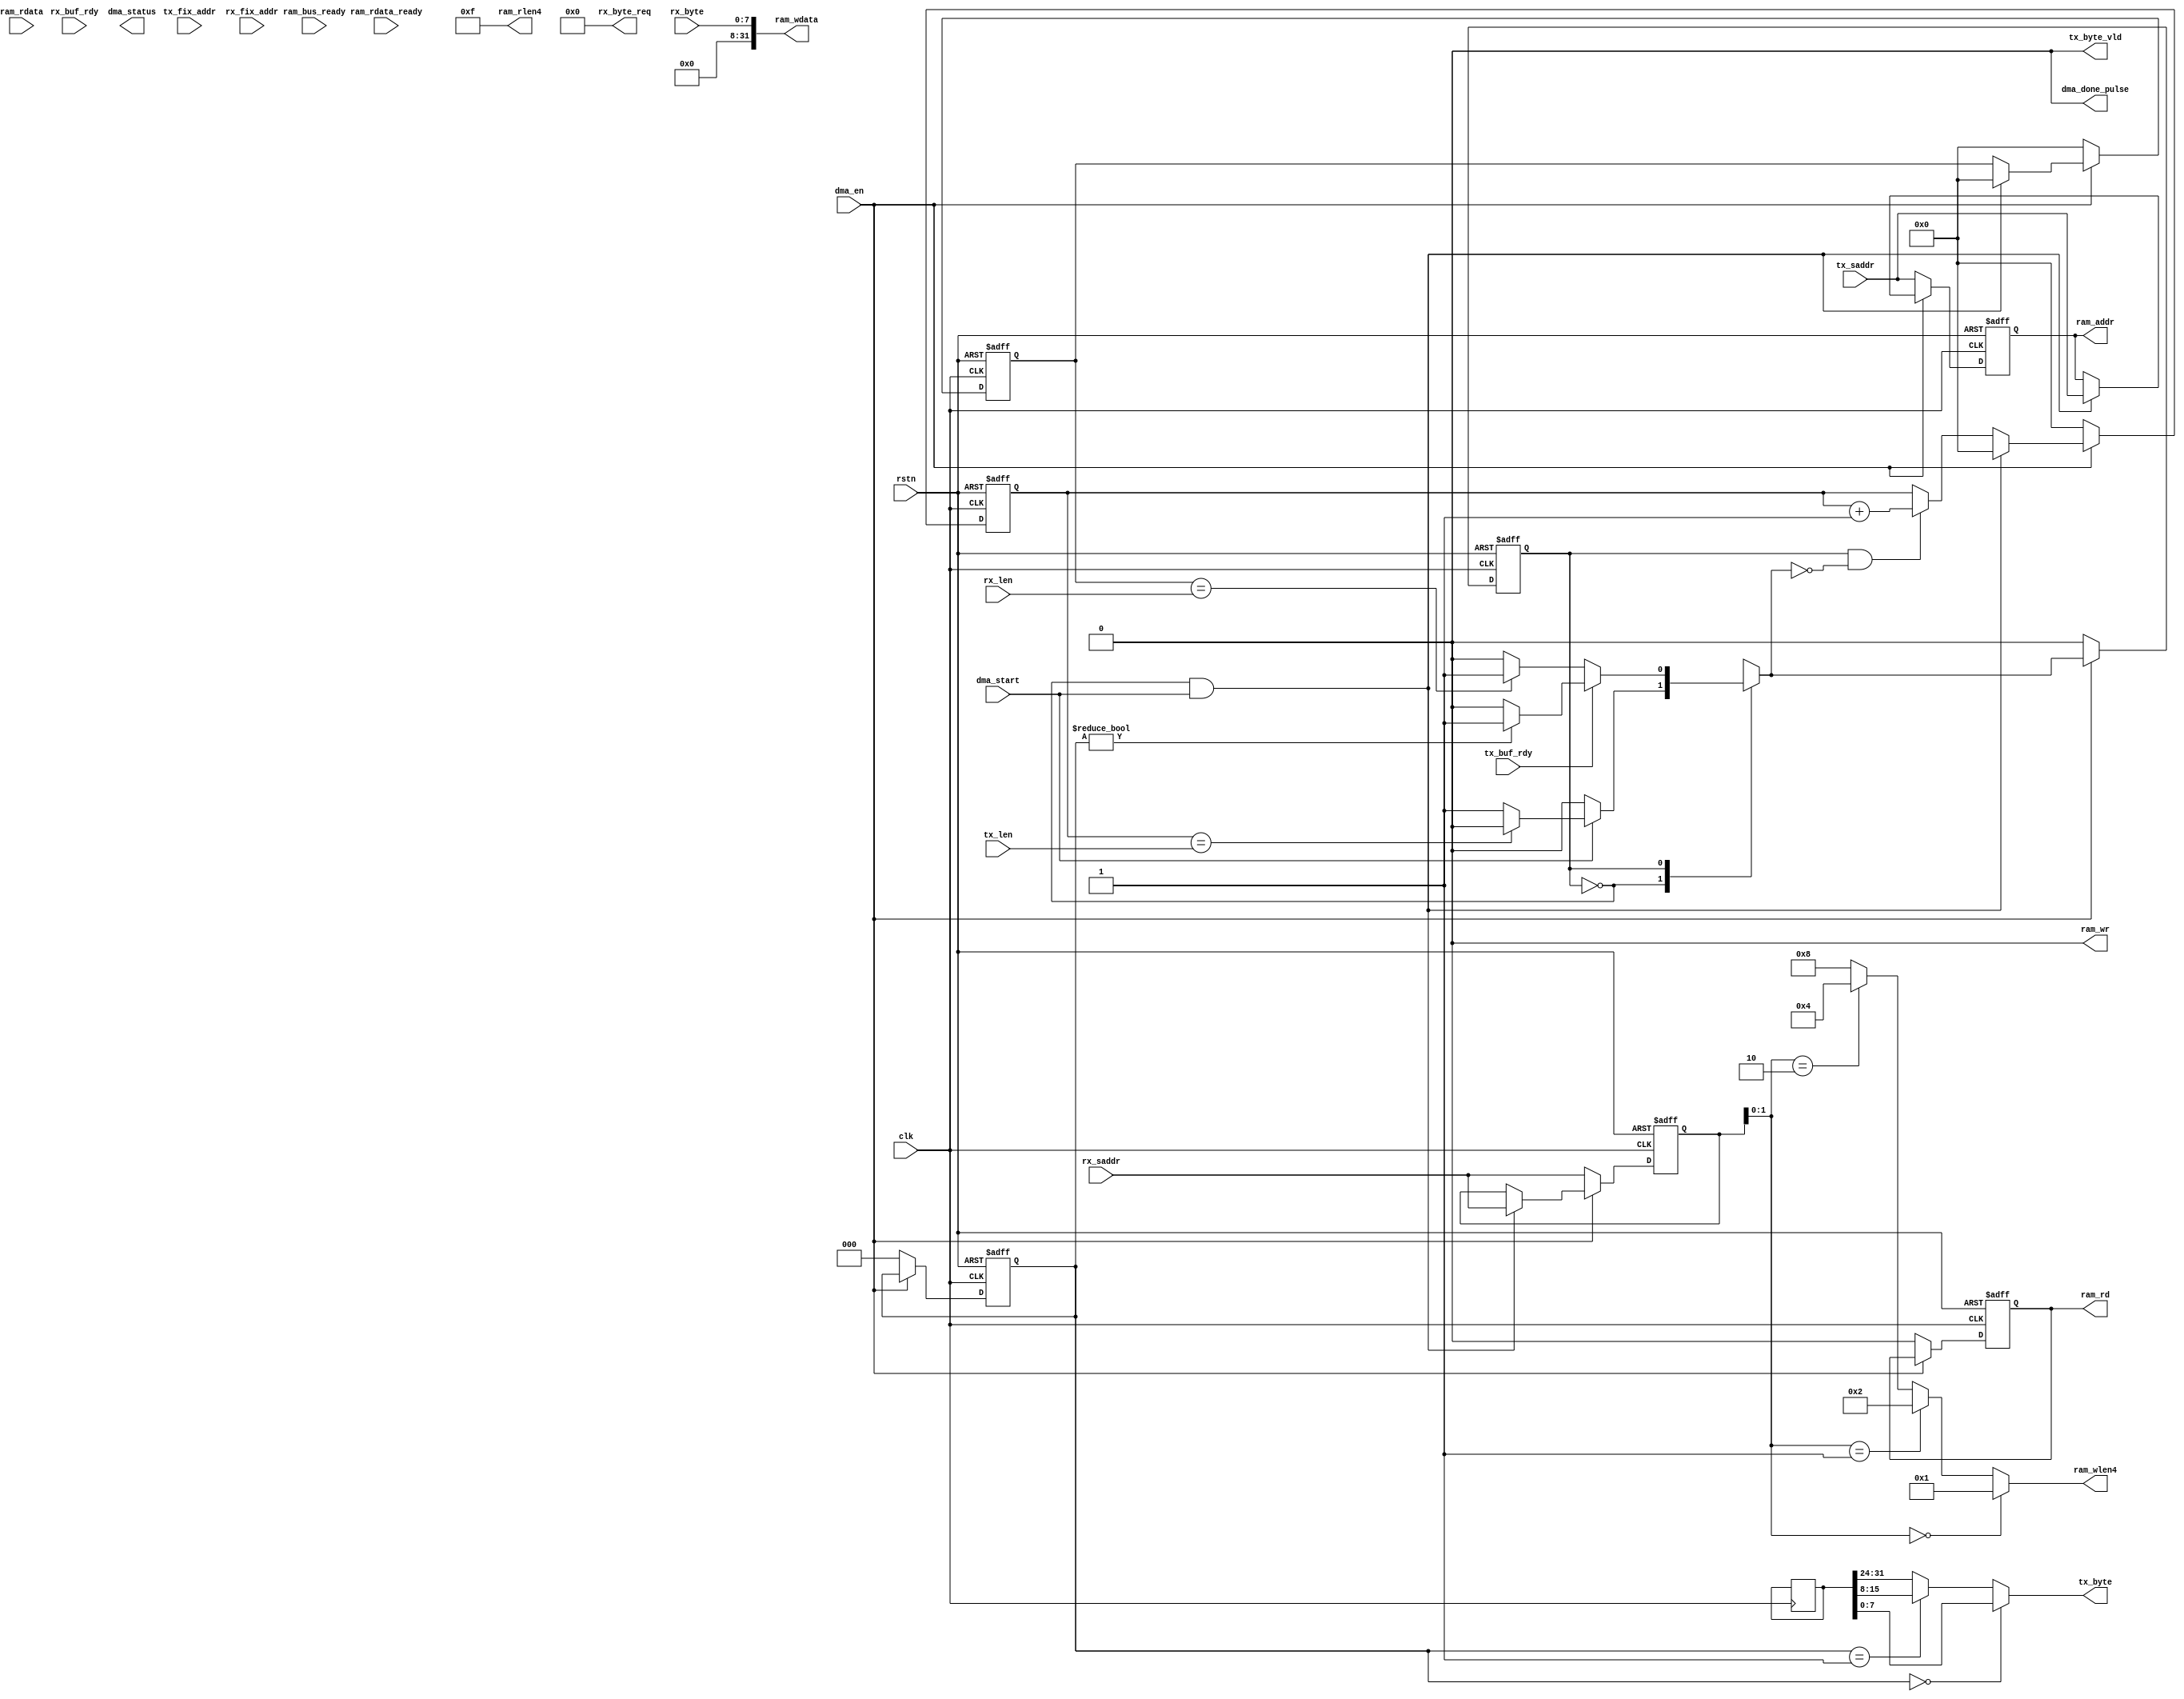
module spi_dma (
    // sys
    input                           rstn,
    input                           clk,
    // buf
    input                           tx_buf_rdy,
    output                          tx_byte_vld,
    output      [7:0]               tx_byte,
    input                           rx_buf_rdy,
    output      [7:0]               rx_byte_req,
    input       [7:0]               rx_byte,
    // reg
    input                           dma_en,
    input                           dma_start,
    input                           tx_fix_addr,
    input                           rx_fix_addr,
    input       [19:0]              tx_saddr,
    input       [19:0]              rx_saddr,
    input       [19:0]              tx_len,
    input       [19:0]              rx_len,
    // ram
    output reg                      ram_rd,
    output                          ram_wr,
    output      [3:0]               ram_rlen4,
    output      [3:0]               ram_wlen4,
    output      [19:0]              ram_addr,
    output      [31:0]              ram_wdata,
    input       [31:0]              ram_rdata,
    input                           ram_bus_ready,
    input                           ram_rdata_ready,
    // status
    output                          dma_done_pulse,
    output      [7:0]               dma_status
);

// macro
localparam IDLE                     = 3'd0;
localparam POLL_TX_BUF              = 3'd1;
localparam READ_MEM                 = 3'd2;
localparam FILL_TX_BUF              = 3'd3;
localparam POLL_RX_BUF              = 3'd4;
localparam WRITE_MEM                = 3'd5;
// var
reg [19:0] tx_cnt, rx_cnt, ram_waddr, ram_raddr; wire tx_end, rx_end;
reg [31:0] rdata_buf; reg [2:0] rdata_cnt; wire rdata_vld;

//---------------------------------------------------------------------------
// Assignment
//---------------------------------------------------------------------------
// end
assign tx_end               = tx_cnt == tx_len;
assign rx_end               = rx_cnt == rx_len;
assign rdata_vld            = rdata_cnt != 0;


//---------------------------------------------------------------------------
// Sync
//---------------------------------------------------------------------------
// ram_raddr
always @(posedge clk or negedge rstn)
    if (~rstn)
        ram_raddr <= 0;
    else if (~dma_en)
        ram_raddr <= tx_saddr;
    else if (st_curr == IDLE && dma_start)
        ram_raddr <= tx_saddr;
    else if (st_curr == READ_MEM && ram_rdata_ready)
        ram_raddr <= tx_fix_addr ? ram_raddr : ram_raddr + 4;
// tx_cnt
always @(posedge clk or negedge rstn)
    if (~rstn)
        tx_cnt <= 0;
    else if (~dma_en)
        tx_cnt <= 0;
    else if (st_curr == IDLE && dma_start)
        tx_cnt <= 0;
    else if (st_curr == POLL_TX_BUF && st_next != POLL_TX_BUF)
        tx_cnt <= tx_cnt + 1;
// rdata_buf
always @(posedge clk)
    if (st_curr == READ_MEM && ram_rdata_ready) begin
        rdata_buf <= ram_rdata;
    end
// rdata_cnt
always @(posedge clk or negedge rstn)
    if (~rstn)
        rdata_cnt <= 0;
    else if (~dma_en)
        rdata_cnt <= 0;
    else if (st_curr == READ_MEM && ram_rdata_ready)
        rdata_cnt <= 4;
    else if (st_curr == FILL_TX_BUF)
        rdata_cnt <= rdata_cnt - 1;
// ram_waddr
always @(posedge clk or negedge rstn)
    if (~rstn)
        ram_waddr <= 0;
    else if (~dma_en)
        ram_waddr <= rx_saddr;
    else if (st_curr == IDLE && dma_start)
        ram_waddr <= rx_saddr;
    else if (st_curr == WRITE_MEM && ram_bus_ready)
        ram_waddr <= rx_fix_addr ? ram_waddr : ram_waddr + 1;
// rx_cnt
always @(posedge clk or negedge rstn)
    if (~rstn)
        rx_cnt <= 0;
    else if (~dma_en)
        rx_cnt <= 0;
    else if (st_curr == IDLE && dma_start)
        rx_cnt <= 0;
    else if (st_curr == POLL_RX_BUF && st_next != POLL_RX_BUF)
        rx_cnt <= rx_cnt + 1;
//---------------------------------------------------------------------------
// FSM
//---------------------------------------------------------------------------
// fsm_sync
always @(posedge clk or negedge rstn)
    if (~rstn)
        st_curr <= IDLE;
    else if (~dma_en)
        st_curr <= IDLE;
    else
        st_curr <= st_next;
// fsm_comb
always @(*) begin
    st_next = st_curr;
    case(st_curr)
        IDLE: begin
            if (dma_start) begin
                if (~tx_end)
                    st_next = POLL_TX_BUF;
                else if (~rx_end)
                    st_next = POLL_RX_BUF;
            end
        end
        POLL_TX_BUF: begin
            if (tx_buf_rdy) begin
                if (rdata_vld)
                    st_next = FILL_TX_BUF;
                else
                    st_next = READ_MEM;
            end
            else if (~rx_end) begin
                st_next = POLL_RX_BUF;
            end
        end
        READ_MEM: begin
            if (ram_rdata_ready) begin
                st_next = FILL_TX_BUF;
            end
        end
        FILL_TX_BUF: begin
            if (~rx_end)
                st_next = POLL_RX_BUF;
            else if (~tx_end)
                st_next = POLL_TX_BUF;
            else
                st_next = IDLE;
        end
        POLL_RX_BUF: begin
            if (rx_buf_rdy)
                st_next = WRITE_MEM;
            else if (~tx_end)
                st_next = POLL_TX_BUF;
        end
        WRITE_MEM: begin
            if (ram_bus_ready) begin
                if (~tx_end)
                    st_next = POLL_TX_BUF;
                else if (~rx_end)
                    st_next = POLL_RX_BUF;
                else
                    st_next = IDLE;
            end
        end
        default: begin
            st_next = IDLE;
        end
    endcase
end
//---------------------------------------------------------------------------
// Output
//---------------------------------------------------------------------------
// buf
assign rx_byte_req                  = ram_wr & ram_bus_ready;
assign tx_byte_vld                  = st_curr == FILL_TX_BUF;
assign tx_byte                      = rdata_cnt == 2'b00 ? rdata_buf[7:0] : rdata_cnt == 2'b01 ? rdata_buf[15:8] : rdata_cnt == 2'b01 ? rdata_buf[23:16] : rdata_buf[31:24];
// ram_rd
always @(posedge clk or negedge rstn)
    if (~rstn)
        ram_rd <= 0;
    else if (~dma_en)
        ram_rd <= 0;
    else if (st_curr != READ_MEM && st_next == READ_MEM)
        ram_rd <= 1;
    else if (st_curr == READ_MEM && ram_bus_ready)
        ram_rd <= 0;
assign ram_rlen4                    = 4'hf; // always read 4-byte
assign ram_wr                       = st_curr == WRITE_MEM;
assign ram_wlen4                    = ram_waddr[1:0] == 2'b00 ? 4'b0001 : ram_waddr[1:0] == 2'b01 ? 4'b0010 : ram_waddr[1:0] == 2'b10 ? 4'b0100 : 4'b1000;
assign ram_addr                     = ram_wr ? ram_waddr : ram_raddr;
assign ram_wdata                    = rx_byte;
assign dma_done_pulse               = ((st_curr == FILL_TX_BUF) || (st_curr == WRITE_MEM && ram_bus_ready)) && tx_end && rx_end;

endmodule